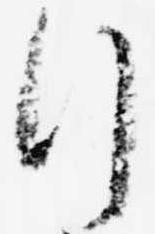
行